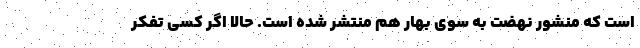
است که منشور نهضت به سوی بهار هم منتشر شده است. حالا اگر کسی تفکر